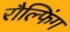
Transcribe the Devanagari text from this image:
रौल्फिंग